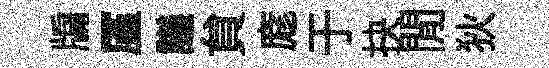
牖厪議貟庬于抉閒狄